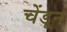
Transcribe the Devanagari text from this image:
चेंडून